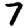
Digit: 7